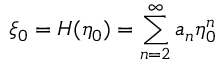
\xi _ { 0 } = H ( \eta _ { 0 } ) = \sum _ { n = 2 } ^ { \infty } a _ { n } \eta _ { 0 } ^ { n }